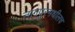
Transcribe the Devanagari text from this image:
नागपूरमधीलच